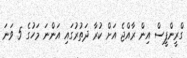
ގްރީންޕީސް އިން ރާއްޖެ އަށް ކުރާ ދަތުރުގައި އަންނަ މަހުގެ 5 ވަނަ